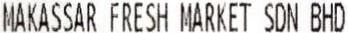
MAKASSAR FRESH MARKET SDN BHD